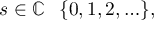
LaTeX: s \in \mathbb { C } \setminus \{ 0 , 1 , 2 , \ldots \} ,